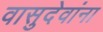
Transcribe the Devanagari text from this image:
वासुदेवांना